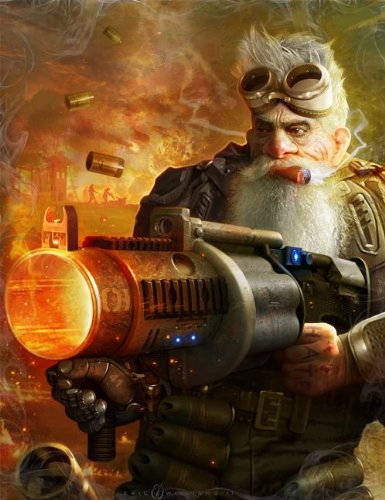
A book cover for Shadowrun Sacrificial Limb Boardroom 2 (Shadowrun (Catalyst)); Brandie Tarvin; Science Fiction & Fantasy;